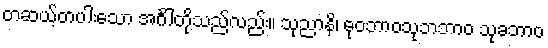
တဆယ့်တပါးသော အင်္ဂါတို့သည်လည်း။ သုညာနိ၊ ဓုဝဘာဝသုဘဘာဝ သုခဘာဝ